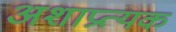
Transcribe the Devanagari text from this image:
अशाप्रत्यक